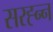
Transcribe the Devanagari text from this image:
सरह्न्न